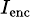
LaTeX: \scriptstyle I_{\mathrm{enc}}